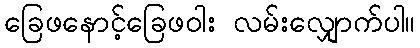
ခြေဖနောင့်ခြေဖဝါး လမ်းလျှောက်ပါ။